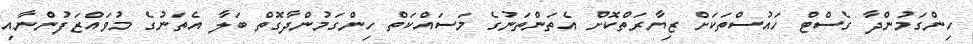
ހިންގަމުންދާ ގެސްޓް ހައުސްތަކަށް ޒިޔާރަތްކޮށް އެތަންތަނުގެ މަސައްކަތް ހިންގަމުންދާގޮތް ބަލާ އެތަނުގެ މުވައްޒަފުންނާއި